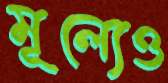
মূল্যেও